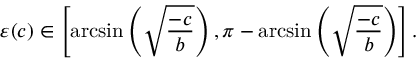
\varepsilon ( c ) \in \left[ \arcsin \left( \sqrt { \frac { - c } { b } } \right) , \pi - \arcsin \left( \sqrt { \frac { - c } { b } } \right) \right] .